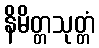
နိမိတ္တသုတ္တံ